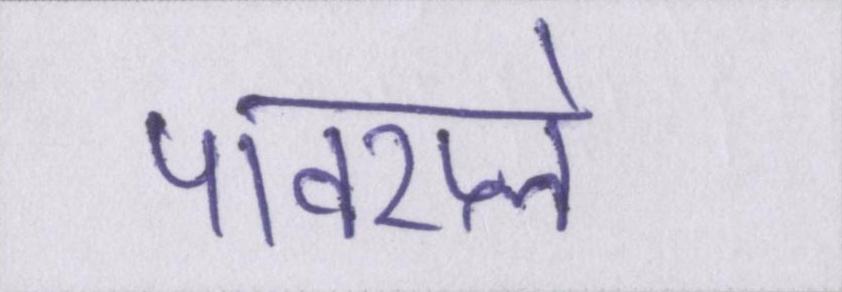
पावरप्ले